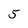
Character: 5